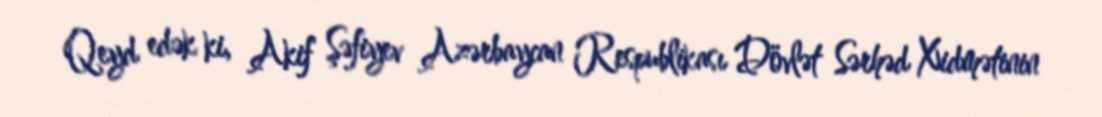
Qeyd edək ki, Akif Şəfiyev Azərbaycan Respublikası Dövlət Sərhəd Xidmətinin